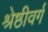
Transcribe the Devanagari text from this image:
श्रेष्ठीवर्ग